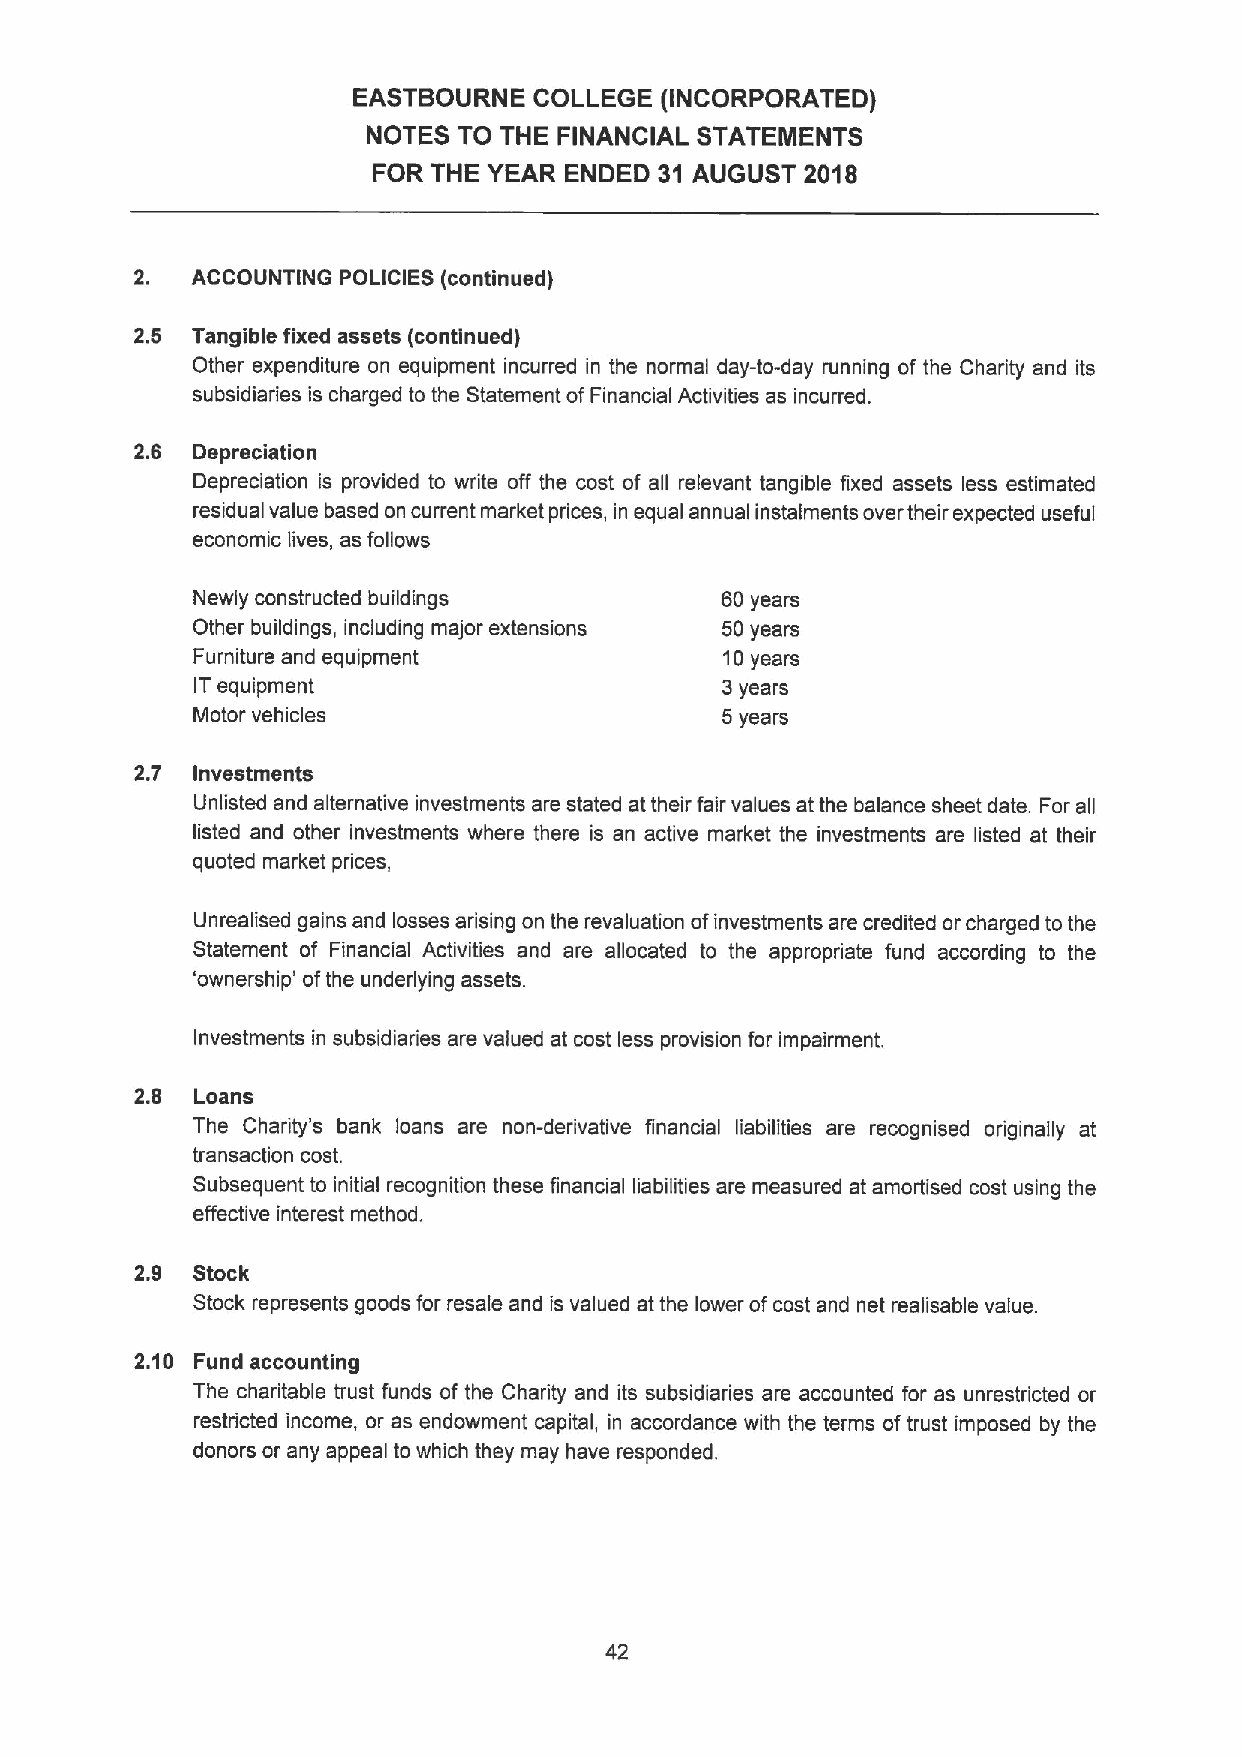
EASTBOURNE  COLLEGE  (INCORPORATED)
 NOTES TO THE FINANCIAL STATEMENTS
 FOR THE YEAR ENDED 31 AUGUST 2018
 2.  ACCOUNTING POLICIES (continued)
 2.5 Tangible fixed assets (continued)
 Other expenditure on equipment incurred in the normal day-to-day running of the Charity and its
 subsidiaries is charged to the Statement ofFinancial Activities as incurred.
 2.6 Depreciation
 Depreciation is provided to write off the cost of all relevant tangible fixed assets less estimated
 residual value based on current market prices, in equal annual instalments over their expected useful
 economic lives, as follows
 Newly constructed buildings        60years
 Other buildings, including major extensions 50years
 Furniture and equipment            10years
 ITequipment                        3years
 Motor vehicles                     5years
 2.7 Investments
 Unlisted and alternative investments are stated at their fair values at the balance sheet date. For all
 listed and other investments where there is an active market the investments are listed at their
 quoted market prices,
 Unrealised gains and losses arising on the revaluation ofinvestments are credited or charged to the
 Statement of Financial Activities and are allocated to the appropriate fund according to the
 'ownership' ofthe underlying assets.
 Investments in subsidiaries are valued at cost less provision for impairment.
 2.6 Loans
 The Charity's bank loans are non-derivative financial liabilities are recognised originally at
 transaction cost.
 Subsequent to initial recognition these financial liabilities are measured at amortised cost using the
 effective interest method.
 2.9 Stock
 Stock represents goods for resale and is valued at the lower ofcost and net realisable value.
 2.10 Fund accounting
 The charitable trust funds of the Charity and its subsidiaries are accounted for as unrestricted or
 restricted income, or as endowment capital, in accordance with the terms oftrust imposed by the
 donors or any appeal to which they may have responded.
 42